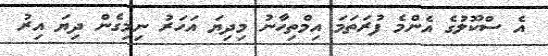
އެ ސްކޫލުގެ އެންމެ ފުރަތަމަ އިމްތިހާނު މިދިޔަ އަހަރު ނިމިގެން ދިޔަ އިރު